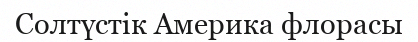
Солтүстік Америка флорасы